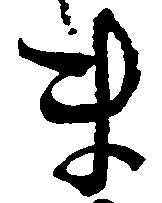
ま